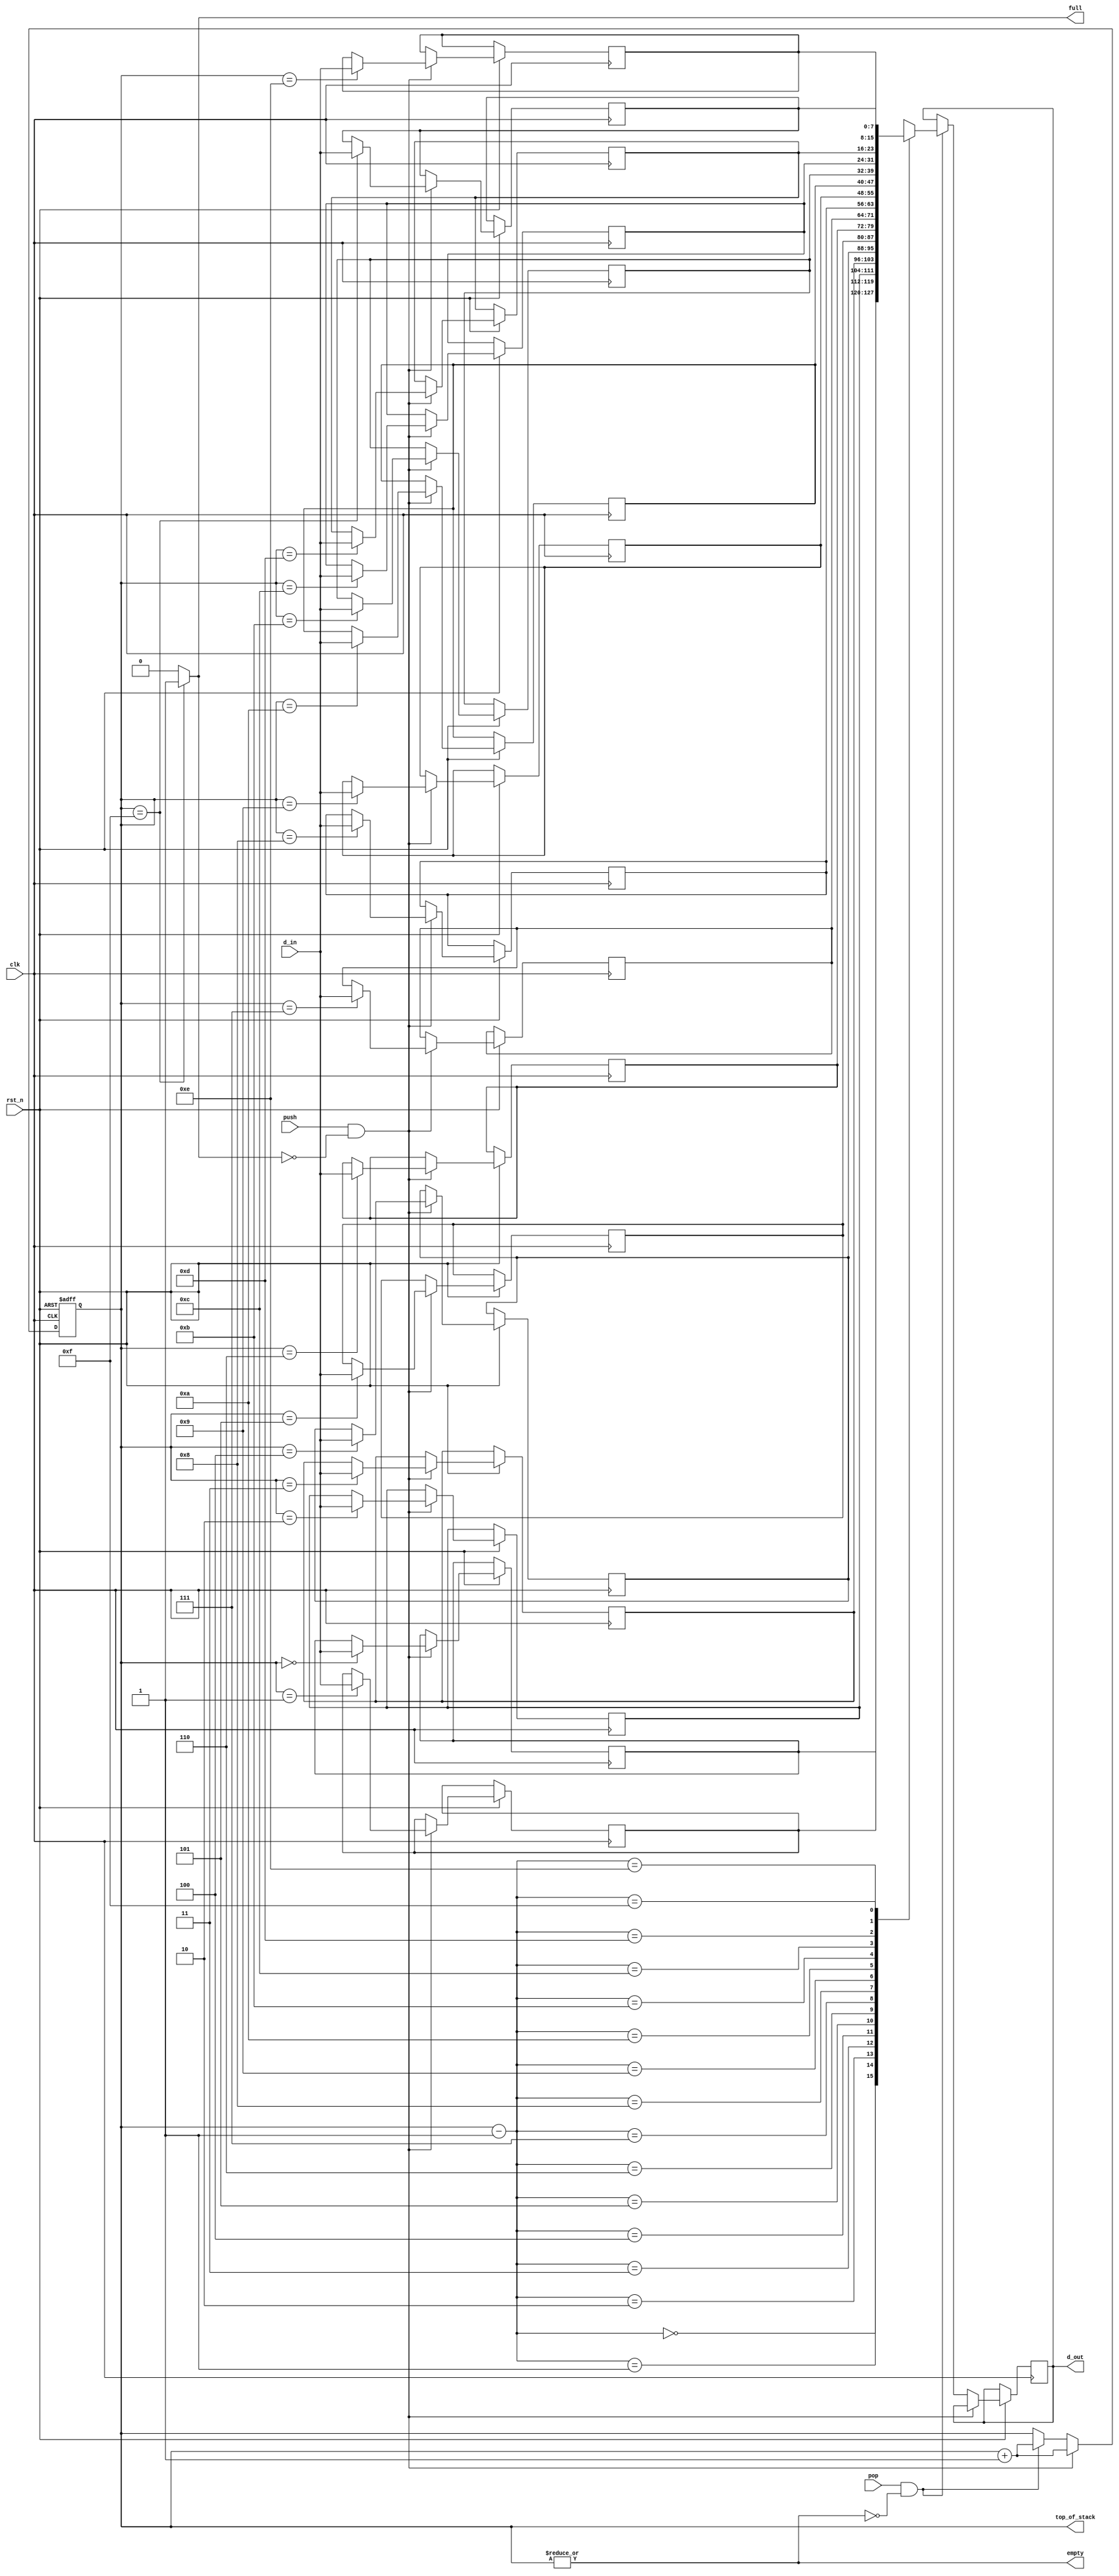
/**
 * @author  Pavan Dheeraj K
 * @version 1.0, 17/07/2022
 */
module stack(full, empty, d_out, top_of_stack, push, pop, d_in, clk, rst_n);

parameter data_bus_width = 8;
parameter address_bus_width = 4;
parameter depth = 1<<address_bus_width;

input clk,rst_n,push,pop;
input [data_bus_width-1:0] d_in;
output [address_bus_width-1:0] top_of_stack;
output full,empty;
output reg [data_bus_width-1:0] d_out;

reg [address_bus_width-1:0] ptr;
reg [data_bus_width-1:0] mem[0:depth-1];

//points to the top of stack, location where the latest data pushed into the stack is present.
assign top_of_stack=ptr;

//generate full and empty conditions
assign full = (ptr==depth-1)? 1'b1: 1'b0;
assign empty = (|ptr);

always@(posedge clk or negedge rst_n)
begin
if(~rst_n)
	ptr<=0;
else if(push & ~full) begin
	mem[ptr]<=d_in;
	ptr<=ptr+1;
	end
else if(pop & ~empty) begin
	d_out<=mem[ptr-1];
	ptr<=ptr+1;
	end
end

endmodule